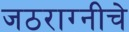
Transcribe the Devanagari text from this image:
जठराग्नीचे